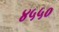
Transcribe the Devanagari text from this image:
४५५०